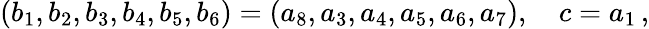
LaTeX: (b_{1},b_{2},b_{3},b_{4},b_{5},b_{6})=(a_{8},a_{3},a_{4},a_{5},a_{6},a_{7}),\quad c=a_{1}\, ,